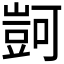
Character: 𧯶